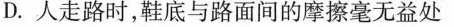
D.人走路时，鞋底与路面间的摩擦毫无益处